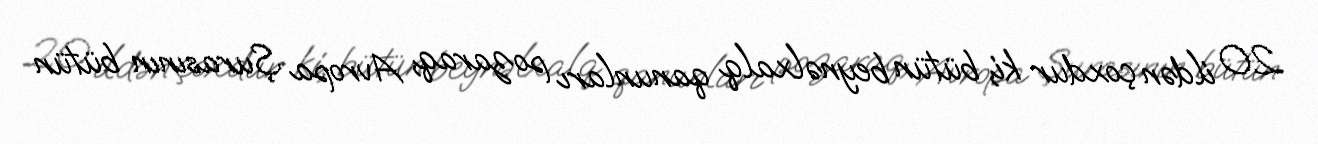
20 ildən çoxdur ki, bütün beynəlxalq qanunları pozaraq, Avropa Şurasının bütün